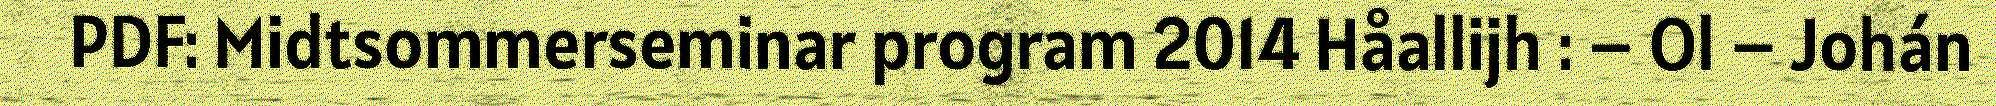
PDF: Midtsommerseminar program 2014 Håallijh : – Ol – Johán